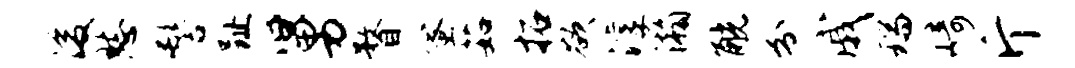
浚愁髻趾舅瞀蜜茹拓欲滹瀚觥分戚瑞崎斤